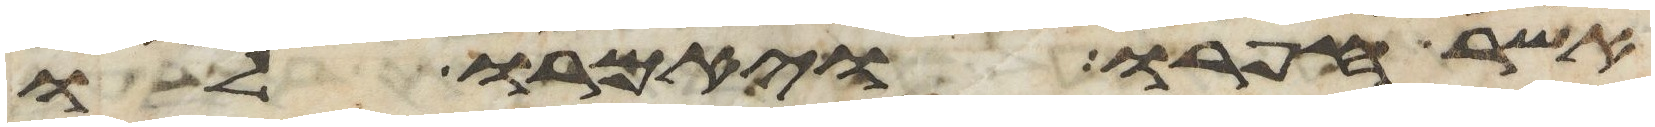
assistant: אשר חפרו ויאמרו לו